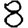
Digit: 8